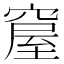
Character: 𥧊